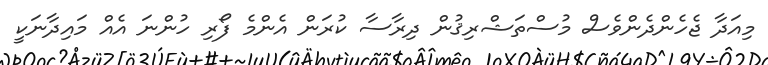
މިއަދާ ޖެހެންދެންވެސް މުސްތަޝްރިޤުން ދިރާސާ ކުރަން އެންމެ ފޯރި ހުންނަ އެއް މައިދާނަކީ